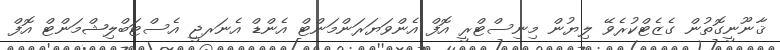
ޤާނޫނީގޮތުން ގެޒެޓްކުރެވޭ ލިޔުން މިނިސްޓްރީ އޮފް އެންވަޔަރަންމަންޓް އެންޑް އެނަރޖީ އެސްޓަބްލިޝްމަންޓް އޮފް